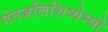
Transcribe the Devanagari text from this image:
पंतजलिशिष्येभ्यो